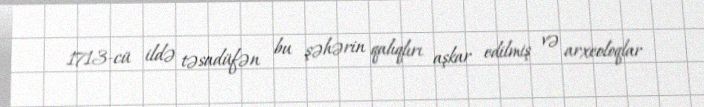
1713-cü ildə təsadüfən bu şəhərin qalıqlırı aşkar edilmiş və arxeoloqlar